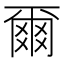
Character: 爾